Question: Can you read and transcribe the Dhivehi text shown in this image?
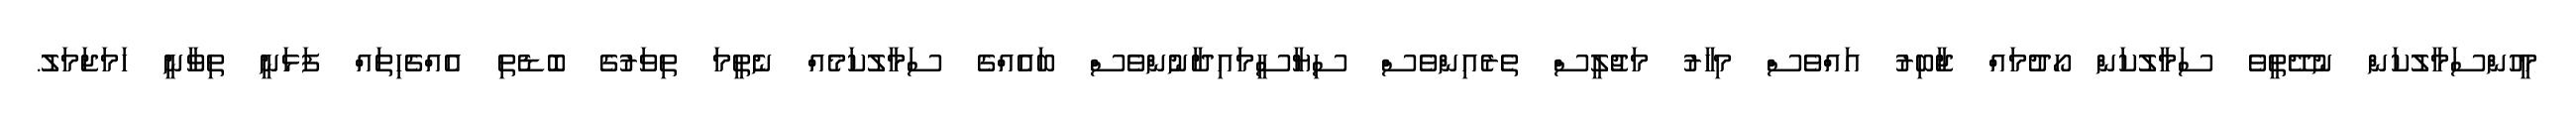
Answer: މީހުންސަމާލުކަން ނުދޭތީވެ ސަމާލުކަން ހޯދުމައް ޖާބިރު އައްވެސް މިހާރު މަޖުލީސް ތެރެއިންވެސް ސިޔާސީމައިދާނުންވެސް ބައެއްގެ ސަމާލުކަމެއް ނެތީމަ ތިވަރުގެ ބޮޑެތި އެއްޗެހިތައް ފަޅަނީ ތިވާނީ ހަމަޖަމަލު.